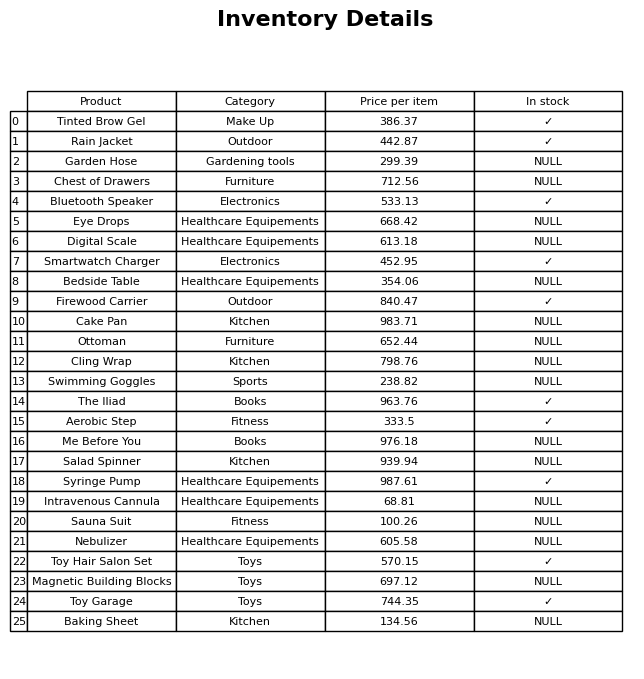
question: Which products are currently out of stock?
answer: Garden Hose, Chest of Drawers, Eye Drops, Digital Scale, Bedside Table, Cake Pan, Ottoman, Cling Wrap, Swimming Goggles, Me Before You, Salad Spinner, Intravenous Cannula, Sauna Suit, Nebulizer, Magnetic Building Blocks, Baking Sheet